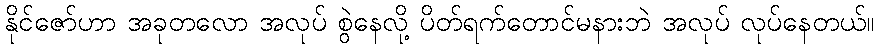
နိုင်ဇော်ဟာ အခုတလော အလုပ် စွဲနေလို့ ပိတ်ရက်တောင်မနားဘဲ အလုပ် လုပ်နေတယ်။